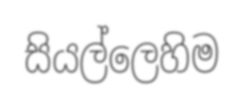
සියල්ලෙහිම